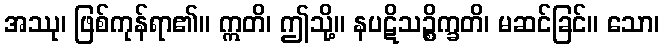
အဿု၊ ဖြစ်ကုန်ရာ၏။ ဣတိ၊ ဤသို့။ နပဋိသဉ္စိက္ခတိ၊ မဆင်ခြင်။ သော၊